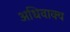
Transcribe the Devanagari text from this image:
अधिवाक्य